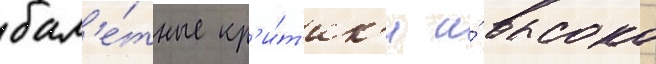
бал'е́тные кр'и́т'ик'и и́ высоко